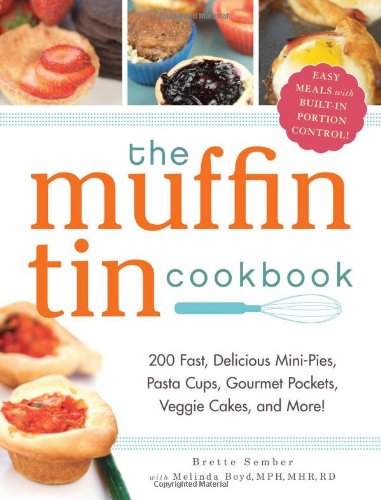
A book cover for The Muffin Tin Cookbook: 200 Fast, Delicious Mini-Pies, Pasta Cups, Gourmet Pockets, Veggie Cakes, and More!; Brette Sember; Cookbooks, Food & Wine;